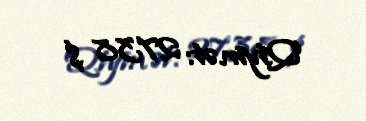
Qiymət: 2738 $